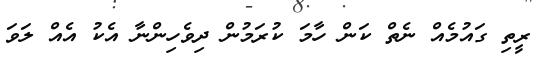
ރީތި ގައުމެއް ނެތް ކަން ހާމަ ކުރަމުން ދިވެހިންނާ އެކު އެއް ލަވަ